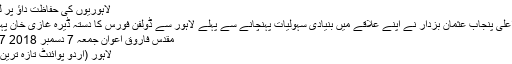
لاہوریوں کی حفاظت داؤ پر لگا دی
وزیر اعلیٰ پنجاب عثمان بزدار نے اپنے علاقے میں بنیادی سہولیات پہنچانے سے پہلے لاہور سے ڈولفن فورس کا دستہ ڈیرہ غازی خان پہنچا دیا
مقدس فاروق اعوان جمعہ 7 دسمبر 2018 13:27
لاہور (اُردو پوائنٹ تازہ ترین اخبار۔